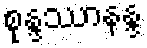
စုန္ဒဿာနန္ဒ